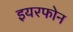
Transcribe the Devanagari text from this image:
इयरफोन